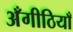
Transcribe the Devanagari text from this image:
अँगीठियाँ